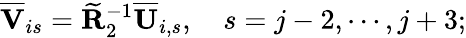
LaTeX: \overline{{\mathbf{V}}}_{is}=\widetilde{\mathbf{R}}_{2}^{-1}\overline{{\mathbf{U}}}_{i,s},\quad s=j-2,\cdots,j+3;